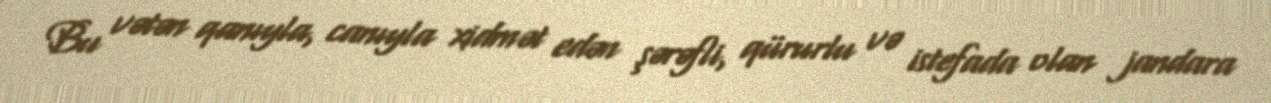
Bu vətən qanıyla, canıyla xidmət edən şərəfli, qürurlu və istefada olan jandara